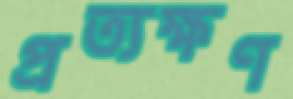
প্রত্যক্ষণ